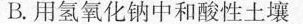
B. 用氢氧化钠中和酸性土壤